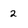
Character: 2